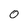
Character: 0